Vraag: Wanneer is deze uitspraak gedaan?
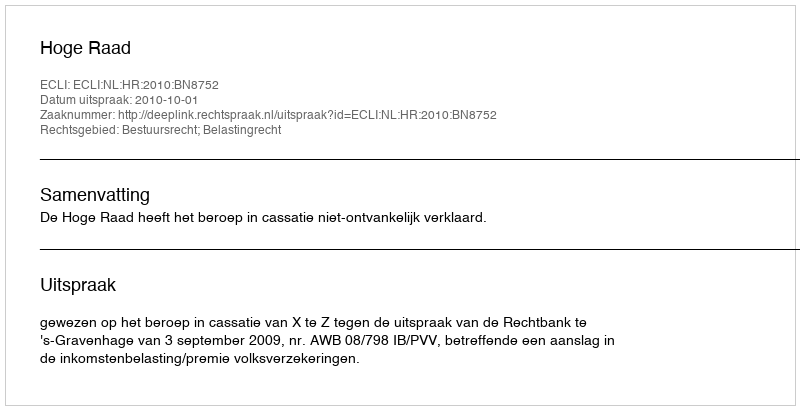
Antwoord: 2010-10-01